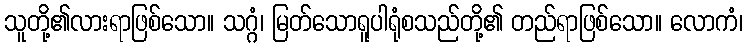
သူတို့၏လားရာဖြစ်သော။ သဂ္ဂံ၊ မြတ်သောရူပါရုံစသည်တို့၏ တည်ရာဖြစ်သော။ လောကံ၊